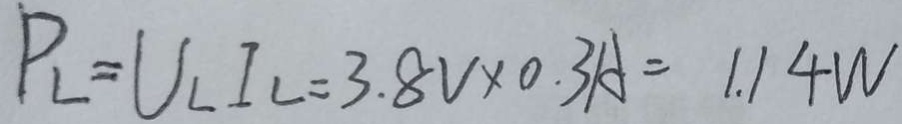
P _ { L } = U _ { L } I _ { L } = 3 . 8 V \times 0 . 3 A = 1 . 1 4 W